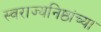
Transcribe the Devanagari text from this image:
स्वराज्यनिष्ठांच्या